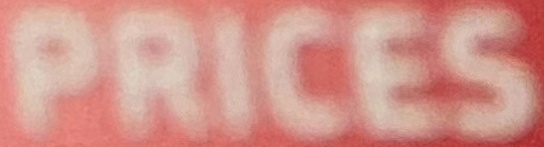
PRICES